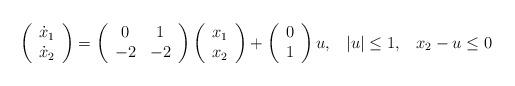
LaTeX: \begin{align*}\left(\begin{array}{c}\dot{x}_{1}\\\dot{x}_{2}\end{array}\right)=\left(\begin{array}{cc}0 & 1\\-2 & -2\end{array}\right)\left(\begin{array}{c}x_{1}\\x_{2}\end{array}\right)+\left(\begin{array}{c}0\\1\end{array}\right)u,\,\,\,\,\,|u|\leq 1, \,\,\,\,\,x_2 - u \leq 0\end{align*}